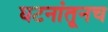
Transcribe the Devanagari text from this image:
घटनांतूनच